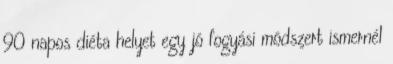
90 napos diéta helyet egy jó fogyási módszert ismernél